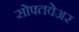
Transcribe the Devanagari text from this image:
सोफ्तवेअर